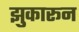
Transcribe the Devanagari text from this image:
झुकारून